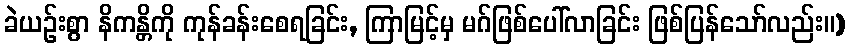
ခဲယဉ်းစွာ နိကန္တိကို ကုန်ခန်းစေရခြင်း, ကြာမြင့်မှ မဂ်ဖြစ်ပေါ်လာခြင်း ဖြစ်ပြန်သော်လည်း။)